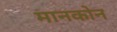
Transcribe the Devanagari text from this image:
मानकोन